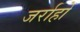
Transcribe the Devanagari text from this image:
जर्राहों